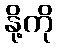
နို့ကို